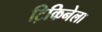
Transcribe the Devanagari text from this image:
ट्रिकिनेला